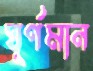
ঘূর্ণমান